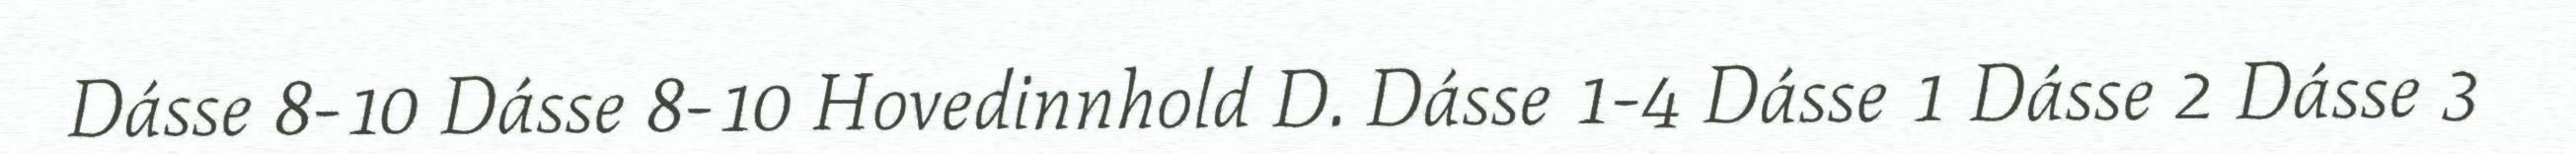
Dásse 8-10 Dásse 8-10 Hovedinnhold D. Dásse 1-4 Dásse 1 Dásse 2 Dásse 3